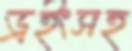
ড্রইংসহ